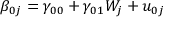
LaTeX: \beta _ { 0 j } = \gamma _ { 0 0 } + \gamma _ { 0 1 } W _ { j } + u _ { 0 j }